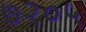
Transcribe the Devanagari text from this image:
७२०५